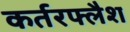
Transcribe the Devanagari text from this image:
कर्तरफ्लैश